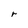
Character: r